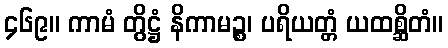
၄၆၉။ ကာမံ တွိဋ္ဌံ နိကာမဉ္စ၊ ပရိယတ္တံ ယထစ္ဆိတံ။